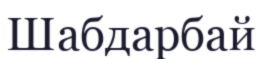
Шабдарбай